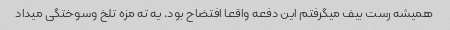
همیشه رست بیف میگرفتم این دفعه واقعا افتضاح بود. یه ته مزه تلخ وسوختگی میداد